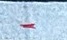
-